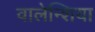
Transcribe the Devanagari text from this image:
वालेन्शिया